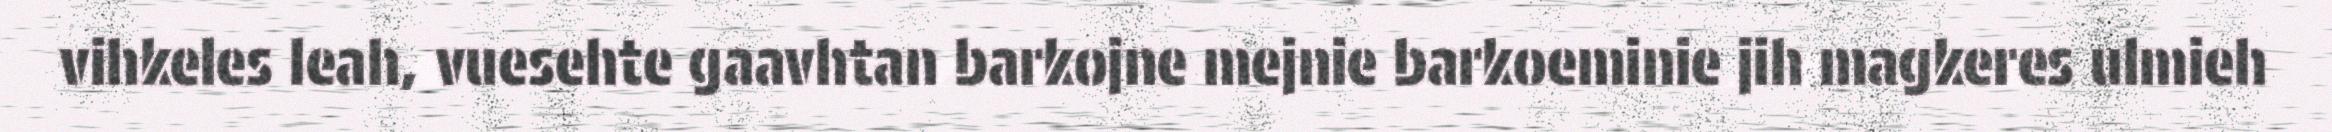
vihkeles leah, vuesehte gaavhtan barkojne mejnie barkoeminie jih magkeres ulmieh